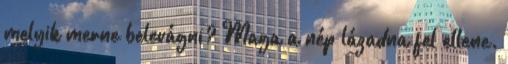
melyik merne belevágni? Maga a nép lázadna fel ellene.